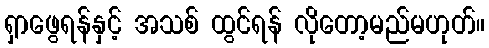
ရှာဖွေရန်နှင့် အသစ် ထွင်ရန် လိုတော့မည်မဟုတ်။